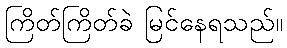
ကြိတ်ကြိတ်ခဲ မြင်နေရသည်။